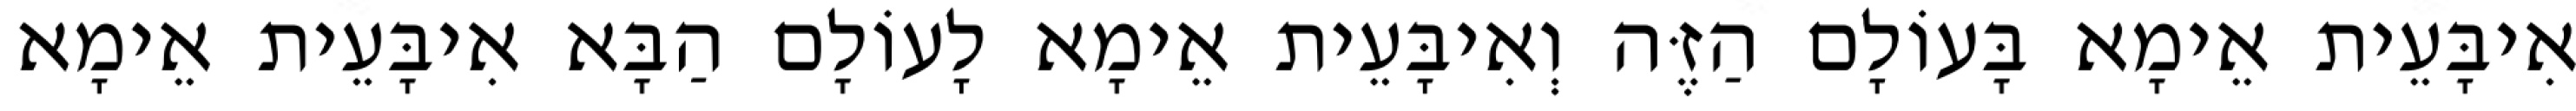
אִיבָּעֵית אֵימָא בָּעוֹלָם הַזֶּה וְאִיבָּעֵית אֵימָא לָעוֹלָם הַבָּא אִיבָּעֵית אֵימָא